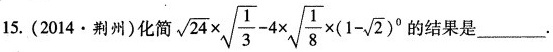
15.(2014·荆州)化简$$\sqrt{24}\times \sqrt{\frac{1}{3}}-4 \times \sqrt{\frac{1}{8}}\times(1- \sqrt{2})^{0}$$的结果是___.